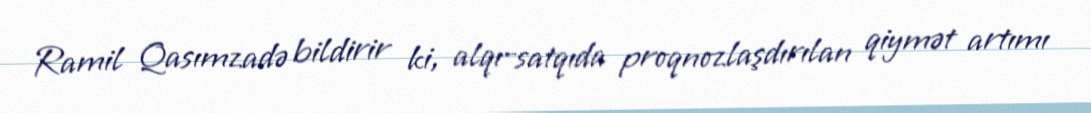
Ramil Qasımzadə bildirir ki, alqı-satqıda proqnozlaşdırılan qiymət artımı